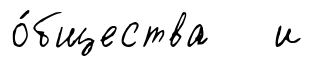
о́бщества и